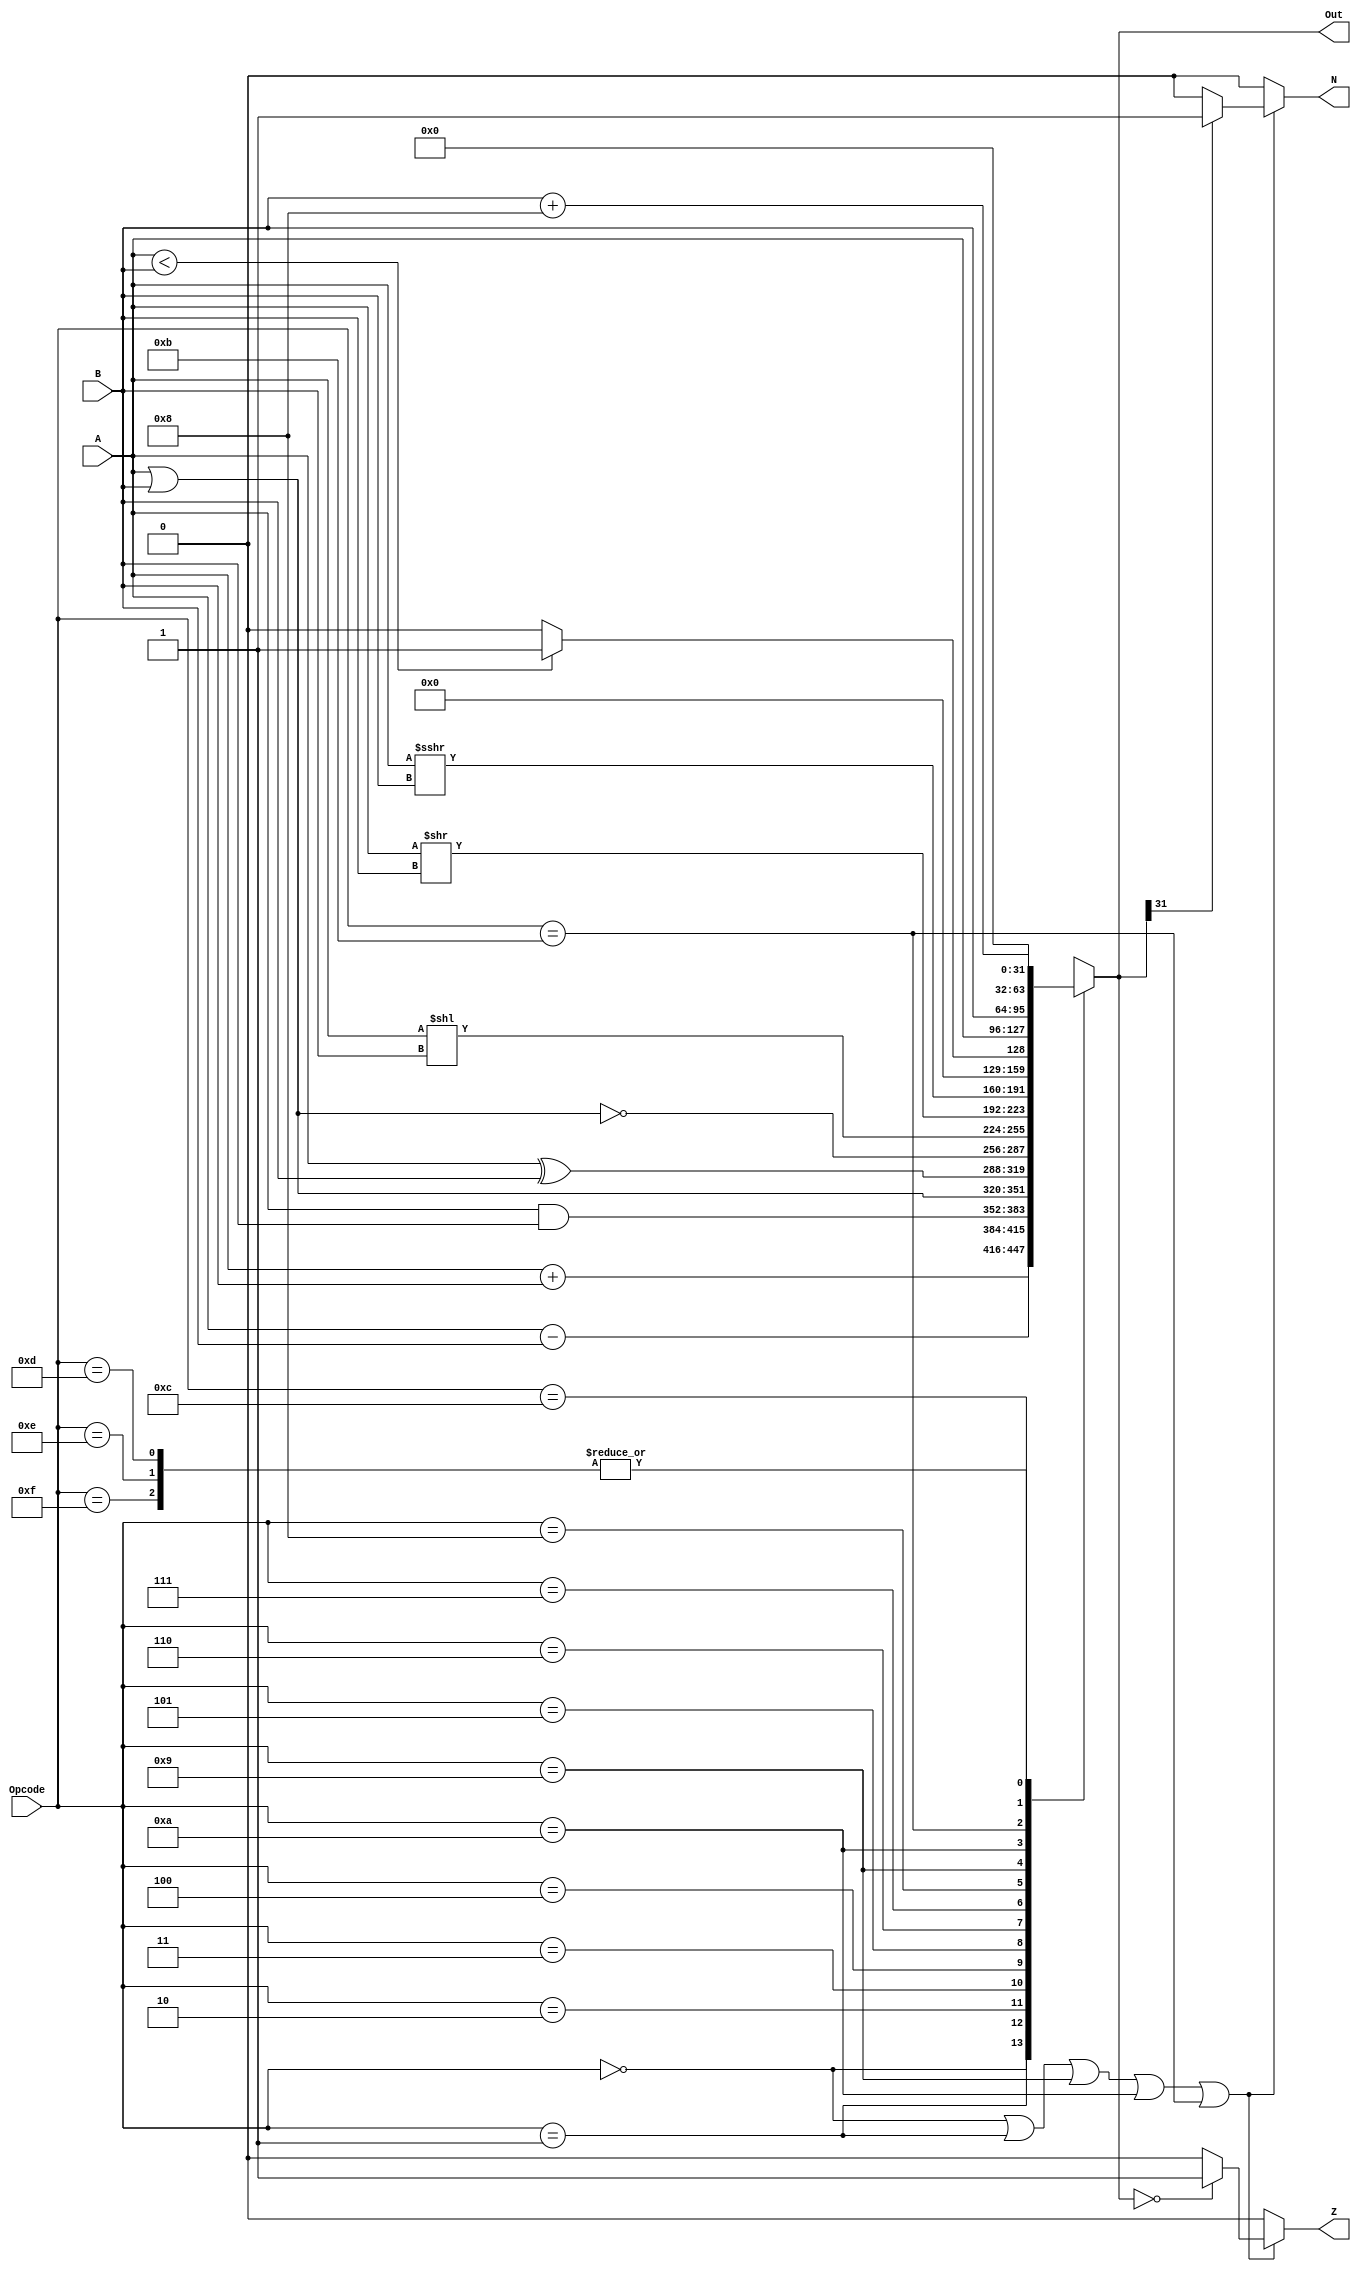
module ALU (
    input wire [31:0] A,
    input wire [31:0] B,
    input wire [3:0] Opcode,
    output reg [31:0] Out,
    output reg Z,
    output reg N
);

always @(*) begin // @(*) means "always when any of the inputs change"
    case(Opcode)
        // A + B
        4'b0000:
            Out = A + B;
        // A - B
        4'b0001:
            Out = A - B;
        // A and B
        4'b0010:
            Out = A & B;
        // A or B
        4'b0011:
            Out = A | B;
        // A xor B
        4'b0100:
            Out = A ^ B;
        // A nor B
        4'b0101:
            Out = ~(A | B);
        // Shift Left Logical (B) A positions
        4'b0110:
            Out = A << B;
        // Shift Right Logical (B) A positions
        4'b0111:
            Out = A >> B;
        // Shift Right Arithmetic (B) A positions
        4'b1000:
            Out = $signed(A) >>> B;
        // If (A < B) then Out = 1, else Out = 0
        4'b1001:
            if (A < B)
                Out = 1;
            else
                Out = 0;
        // Pass A
        4'b1010:
            Out = A;
        // Pass B
        4'b1011:
            Out = B;
        // B + 8
        4'b1100:
            Out = B + 32'b00000000000000000000000000001000;
        // Not Used
        4'b1101, 4'b1110, 4'b1111:
            Out = 32'b0; // Undefined operation, output 0
        default:
            Out = 32'b0; // Undefined operation, output 0
    endcase

    // Generate flags
    if(Opcode == 4'b0000 || Opcode == 4'b0001 || Opcode == 4'b1001 || Opcode == 4'b1010 || Opcode == 4'b1011) begin
        Z = (Out == 32'b0) ? 1'b1 : 1'b0; //If Out is 0, then Z = 1
        N = (Out[31] == 1'b1) ? 1'b1 : 1'b0; //If Out is negative, then N = 1
    end
    else begin
        Z = 1'b0;
        N = 1'b0;
    end
end 

endmodule